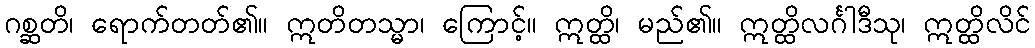
ဂစ္ဆတိ၊ ရောက်တတ်၏။ ဣတိတသ္မာ၊ ကြောင့်။ ဣတ္ထိ၊ မည်၏။ ဣတ္ထိလင်္ဂါဒီသု၊ ဣတ္ထိလိင်